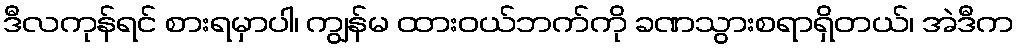
ဒီလကုန်ရင် စားရမှာပါ၊ ကျွန်မ ထားဝယ်ဘက်ကို ခဏသွားစရာရှိတယ်၊ အဲဒီက